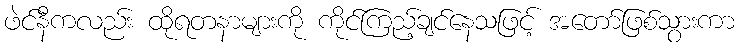
ဖဲင်နီကလည်း ထိုရတနာများကို ကိုင်ကြည့်ချင်နေသဖြင့် အတော်ဖြစ်သွားကာ